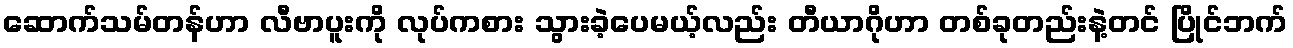
ဆောက်သမ်တန်ဟာ လီဗာပူးကို လုပ်ကစား သွားခဲ့ပေမယ့်လည်း တီယာဂိုဟာ တစ်ခုတည်းနဲ့တင် ပြိုင်ဘက်